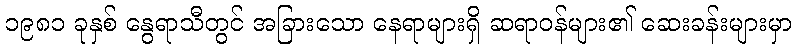
၁၉၈၁ ခုနှစ် နွေရာသီတွင် အခြားသော နေရာများရှိ ဆရာဝန်များ၏ ဆေးခန်းများမှာ